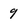
Character: 9